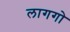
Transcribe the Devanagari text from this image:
लागगो